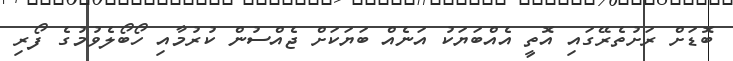
ބޮޑަށް ރަށުތެރޭގައި އޮތީ އެއްބަޔަކު އަނެއް ބަޔަކަށް ޖެއްސުން ކުރުމާއި ހޯބޯލެވުމުގެ ފޯރި